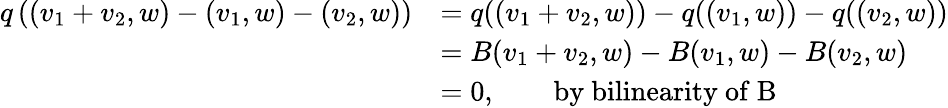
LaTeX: \begin{array}{rl}{q\left((v_{1}+v_{2},w)-(v_{1},w)-(v_{2},w)\right)}&{=q((v_{1}+v_{2},w))-q((v_{1},w))-q((v_{2},w))}\\ &{=B(v_{1}+v_{2},w)-B(v_{1},w)-B(v_{2},w)}\\ &{=0,\qquad\mathrm{by~bilinearity~of~B~}}\end{array}